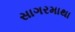
સાગરમાથા